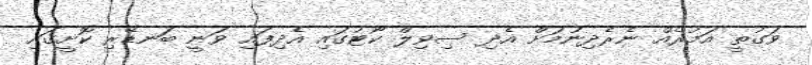
ވަގުތީ އަމުރެއް ނެރެދިނުމަށް އެދި ސިވިލް ކޯޓުގައި އެދިފައި ވަނީ ބަނޑޭރި ކޮށީގައި